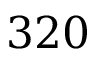
3 2 0